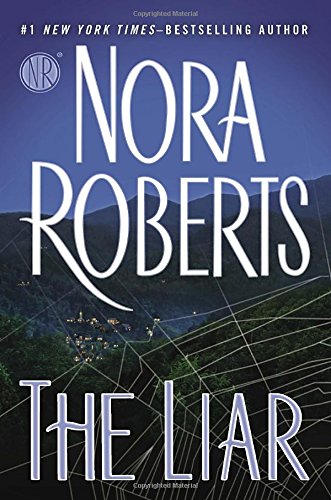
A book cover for The Liar; Nora Roberts; Romance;